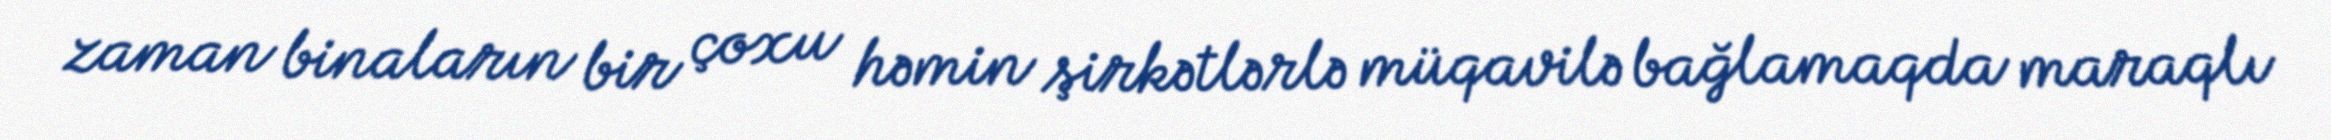
zaman binaların bir çoxu həmin şirkətlərlə müqavilə bağlamaqda maraqlı